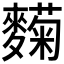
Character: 𬹄